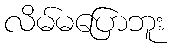
လိမ်မပြောဘူး